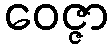
ဝေဇ္ဇာ